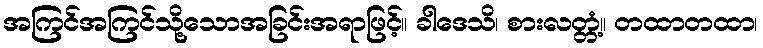
အကြင်အကြင်သို့သောအခြင်းအရာဖြင့်။ ခါဒေသိ၊ စားလတ္တံ့။ တထာတထာ၊